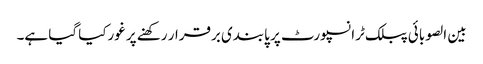
بین الصوبائی پبلک ٹرانسپورٹ پر پابندی برقرار رکھنے پر غورکیا گیا ہے۔